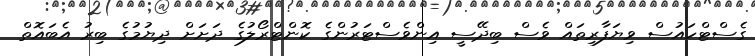
ގެސްޓްހައުސް ވިޔަފާރިތައް ވެސް ބިދޭސީ އިންވެސްޓަރުންގެ ކޮންޓްރޯލުގެ ދަށަށް ދިޔުމުގެ ބިރު އެބައޮތް